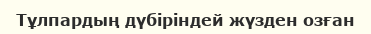
Тұлпардың дүбіріндей жүзден озған